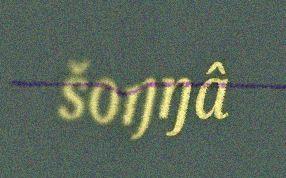
šoŋŋâ